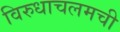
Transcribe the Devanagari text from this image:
विरुधाचलमची